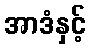
အာဒံနှင့်